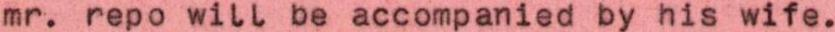
mr. repo will be accompanied by his wife.